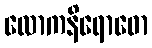
လောကနိရောဓော